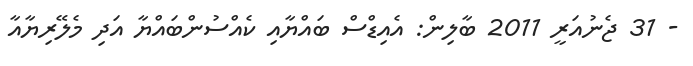
- 31 ޖެނުއަރީ 2011 ބާލިން: އެއިޑްސް ބައްޔާއި ކެއްސުންބައްޔާ އަދި މެލޭރިޔާއާ